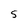
Character: S